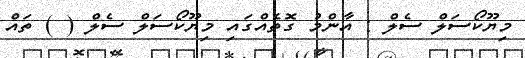
މިޔޫކޯސަލް ސެލް : އާންމު ގޮތެއްގައި މިޔޫކޯސަލް ސެލް ( ) ތައް